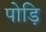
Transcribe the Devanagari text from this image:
पोड़ि